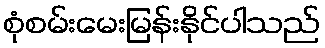
စုံစမ်းမေးမြန်းနိုင်ပါသည်